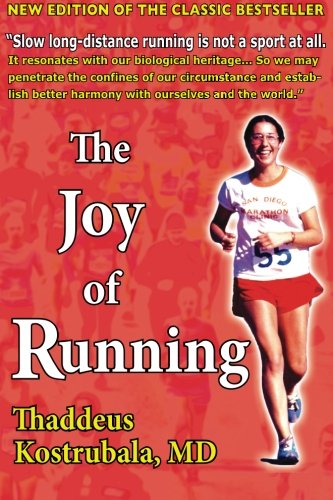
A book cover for The Joy of Running; Thaddeus Kostrubala MD; Health, Fitness & Dieting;